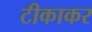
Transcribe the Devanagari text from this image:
टीकाकर